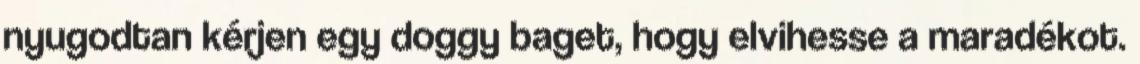
nyugodtan kérjen egy doggy baget, hogy elvihesse a maradékot.